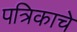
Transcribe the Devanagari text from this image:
पत्रिकाचे